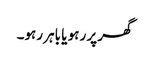
گھر پر رہو یا باہر رہو۔